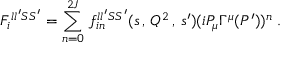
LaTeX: F _ { i } ^ { l l ^ { \prime } S S ^ { \prime } } = \sum _ { n = 0 } ^ { 2 J } \, f _ { i n } ^ { l l ^ { \prime } S S ^ { \prime } } ( s \, , \, Q ^ { 2 } \, , \, s ^ { \prime } ) ( i P _ { \mu } \Gamma ^ { \mu } ( P ^ { \prime } ) ) ^ { n } \; .